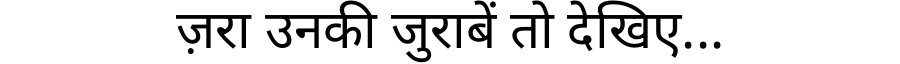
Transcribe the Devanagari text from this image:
ज़रा उनकी जुराबें तो देखिए...